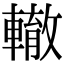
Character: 轍